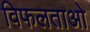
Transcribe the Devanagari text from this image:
विफलताओ